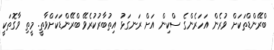
ބްރޭންޑްތަކަށް ވުރެން އަހަރެންގެ ސްކިން އަށް ރަނގަޅު އިތުބާރުކުރެވޭ ބްރޭންޑަކަށްވާތީ. މީތި ވާގޮތަކީ